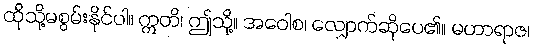
ထိုသို့မစွမ်းနိုင်ပါ။ ဣတိ၊ ဤသို့။ အဝေါစ၊ လျှောက်ဆိုပေ၏။ မဟာရာဇ၊